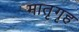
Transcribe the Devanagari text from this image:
मातृगृह